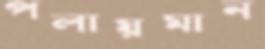
পলায়মান